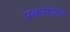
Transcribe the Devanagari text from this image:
प्रकाशान